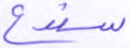
سندع